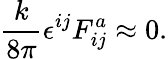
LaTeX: {\frac{k}{8\pi}}\epsilon^{ij}F_{ij}^{a}\approx 0.